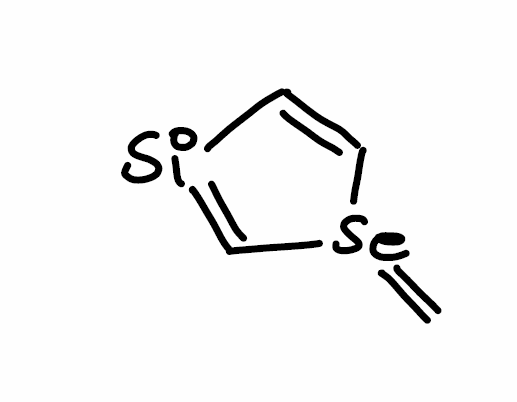
Simplified molecular-input line-entry system (SMILES) notation of the given molecule:
C=[Se]1C=C[Si]=C1